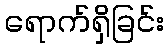
ရောက်ရှိခြင်း